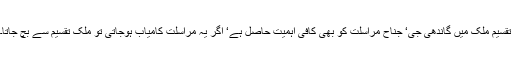
تقسیم ملک میں گاندھی جی‘ جناح مراسلت کو بھی کافی اہمیت حاصل ہے‘ اگر یہ مراسلت کامیاب ہوجاتی تو ملک تقسیم سے بچ جاتا۔